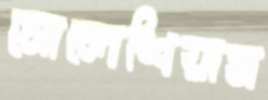
সোলেশিয়াম